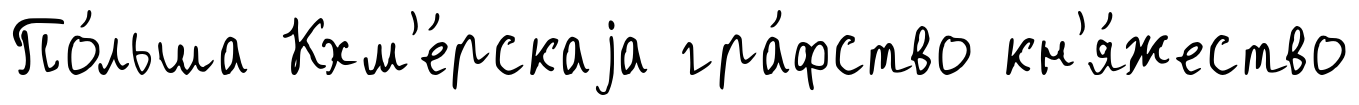
По́льша Кхм'е́рскаjа гра́фство кн'я́жество